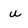
Character: u